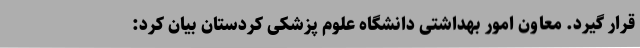
قرار گیرد. معاون امور بهداشتی دانشگاه علوم پزشکی کردستان بیان کرد: